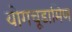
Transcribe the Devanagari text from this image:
योगचूडामिण